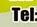
tel